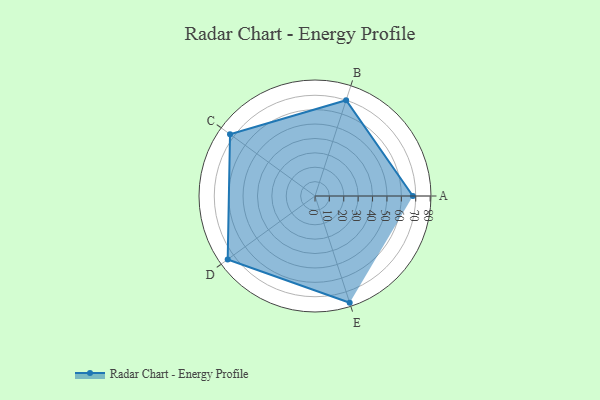
{"axis": {"x": "Skill", "y": "Score"}, "legend": ["Profile"], "data": [{"x": "A", "y": 68.0, "type": "Profile"}, {"x": "B", "y": 70.0, "type": "Profile"}, {"x": "C", "y": 73.0, "type": "Profile"}, {"x": "D", "y": 75.0, "type": "Profile"}, {"x": "E", "y": 78.0, "type": "Profile"}]}